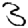
Digit: 3